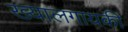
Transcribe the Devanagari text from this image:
ख्यालगायकी